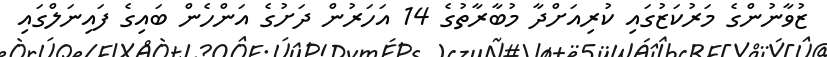
ޒުވާނުންގެ މަރުކަޒުގައި ކުރިއަށްދާ މުބާރާތުގެ 14 އަހަރުން ދަށުގެ އަންހެން ބައިގެ ފައިނަލްގައި